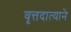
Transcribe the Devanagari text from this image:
वृत्तदात्याने